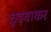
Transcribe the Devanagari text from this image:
छुड़वाकर